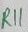
Text: R11